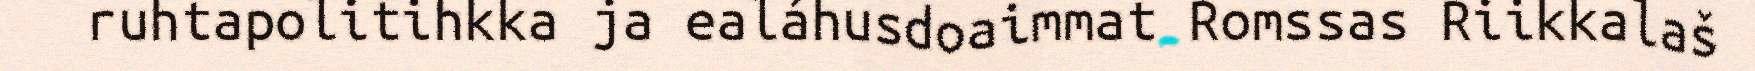
ruhtapolitihkka ja ealáhusdoaimmat Romssas Riikkalaš